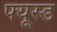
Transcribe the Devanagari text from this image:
फ्यूस्ड